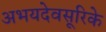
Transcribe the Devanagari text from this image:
अभयदेवसूरिके